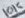
Text: 10K